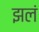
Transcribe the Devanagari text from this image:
झलं